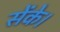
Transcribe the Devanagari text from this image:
सेंके।